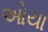
ઓયા